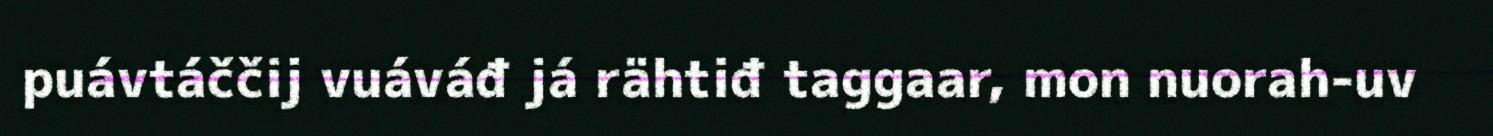
puávtáččij vuáváđ já rähtiđ taggaar, mon nuorah-uv